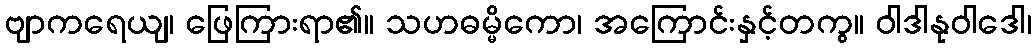
ဗျာကရေယျ၊ ဖြေကြားရာ၏။ သဟဓမ္မိကော၊ အကြောင်းနှင့်တကွ။ ဝါဒါနုဝါဒေါ၊